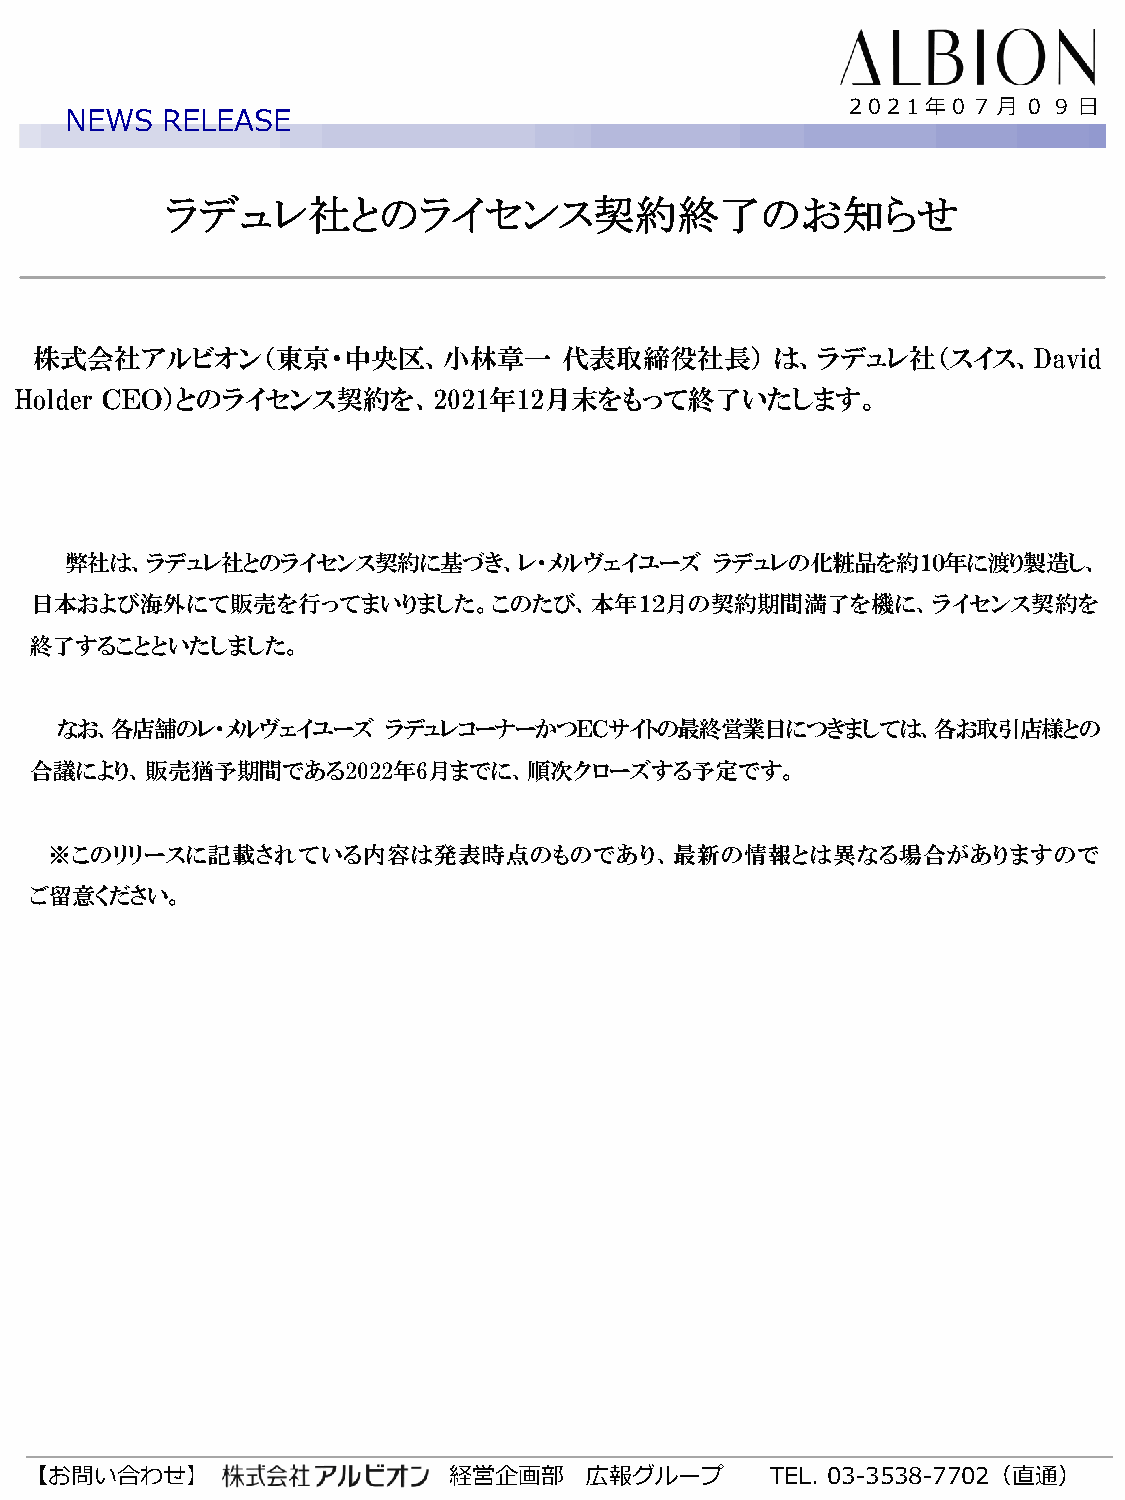
2021年0７月０９日
 NEWS   RELEASE
 ラデュレ社とのライセンス契約終了のお知らせ
 株式会社アルビオン（東京・中央区、小林章一              代表取締役社長）      は、ラデュレ社（スイス、David
 Holder ＣＥＯ）とのライセンス契約を、2021年12月末をもって終了いたします。
 弊社は、ラデュレ社とのライセンス契約に基づき、レ・メルヴェイユーズ          ラデュレの化粧品を約１０年に渡り製造し、
 日本および海外にて販売を行ってまいりました。このたび、本年１２月の契約期間満了を機に、ライセンス契約を
 終了することといたしました。
 なお、各店舗のレ・メルヴェイユーズ     ラデュレコーナーかつＥＣサイトの最終営業日につきましては、各お取引店様との
 合議により、販売猶予期間である2022年6月までに、順次クローズする予定です。
 ※このリリースに記載されている内容は発表時点のものであり、最新の情報とは異なる場合がありますので
 ご留意ください。
 【お問い合わせ】                    経営企画部    広報グループ      TEL. 03-3538-7702（直通）